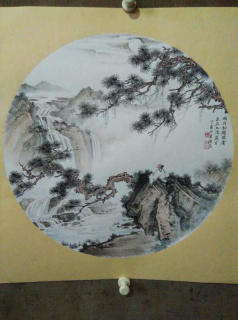
松下茅亭五月凉，汀沙云树晚苍苍。